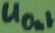
Text: UOut